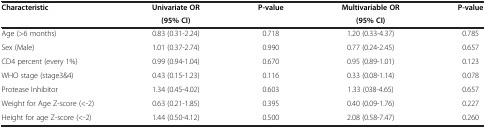
| Characteristic | Univariate OR | P-value | Multivariable OR | P-value |
 |  | (95% CI) |  | (95% CI) |  |
 | --- | --- | --- | --- | --- |
 | Age (>6 months) | 0.83 (0.31-2.24) | 0.718 | 1.20 (0.33-4.37) | 0.785 |
 | Sex (Male) | 1.01 (0.37-2.74) | 0.990 | 0.77 (0.24-2.45) | 0.657 |
 | CD4 percent (every 1%) | 0.99 (0.94-1.04) | 0.670 | 0.95 (0.89-1.01) | 0.123 |
 | WHO stage (stage3&4) | 0.43 (0.15-1.23) | 0.116 | 0.33 (0.08-1.14) | 0.078 |
 | Protease Inhibitor | 1.34 (0.45-4.02) | 0.603 | 1.33 (038-4.65) | 0.657 |
 | Weight for Age Z-score (<-2) | 0.63 (0.21-1.85) | 0.395 | 0.40 (0.09-1.76) | 0.227 |
 | Height for age Z-score (<-2) | 1.44 (0.50-4.12) | 0.500 | 2.08 (0.58-7.47) | 0.260 |